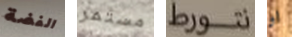
الفضة مستمر نتورط او